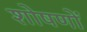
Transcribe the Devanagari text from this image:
शोषणों